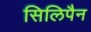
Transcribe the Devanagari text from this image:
सिलिपैन